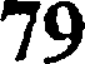
79